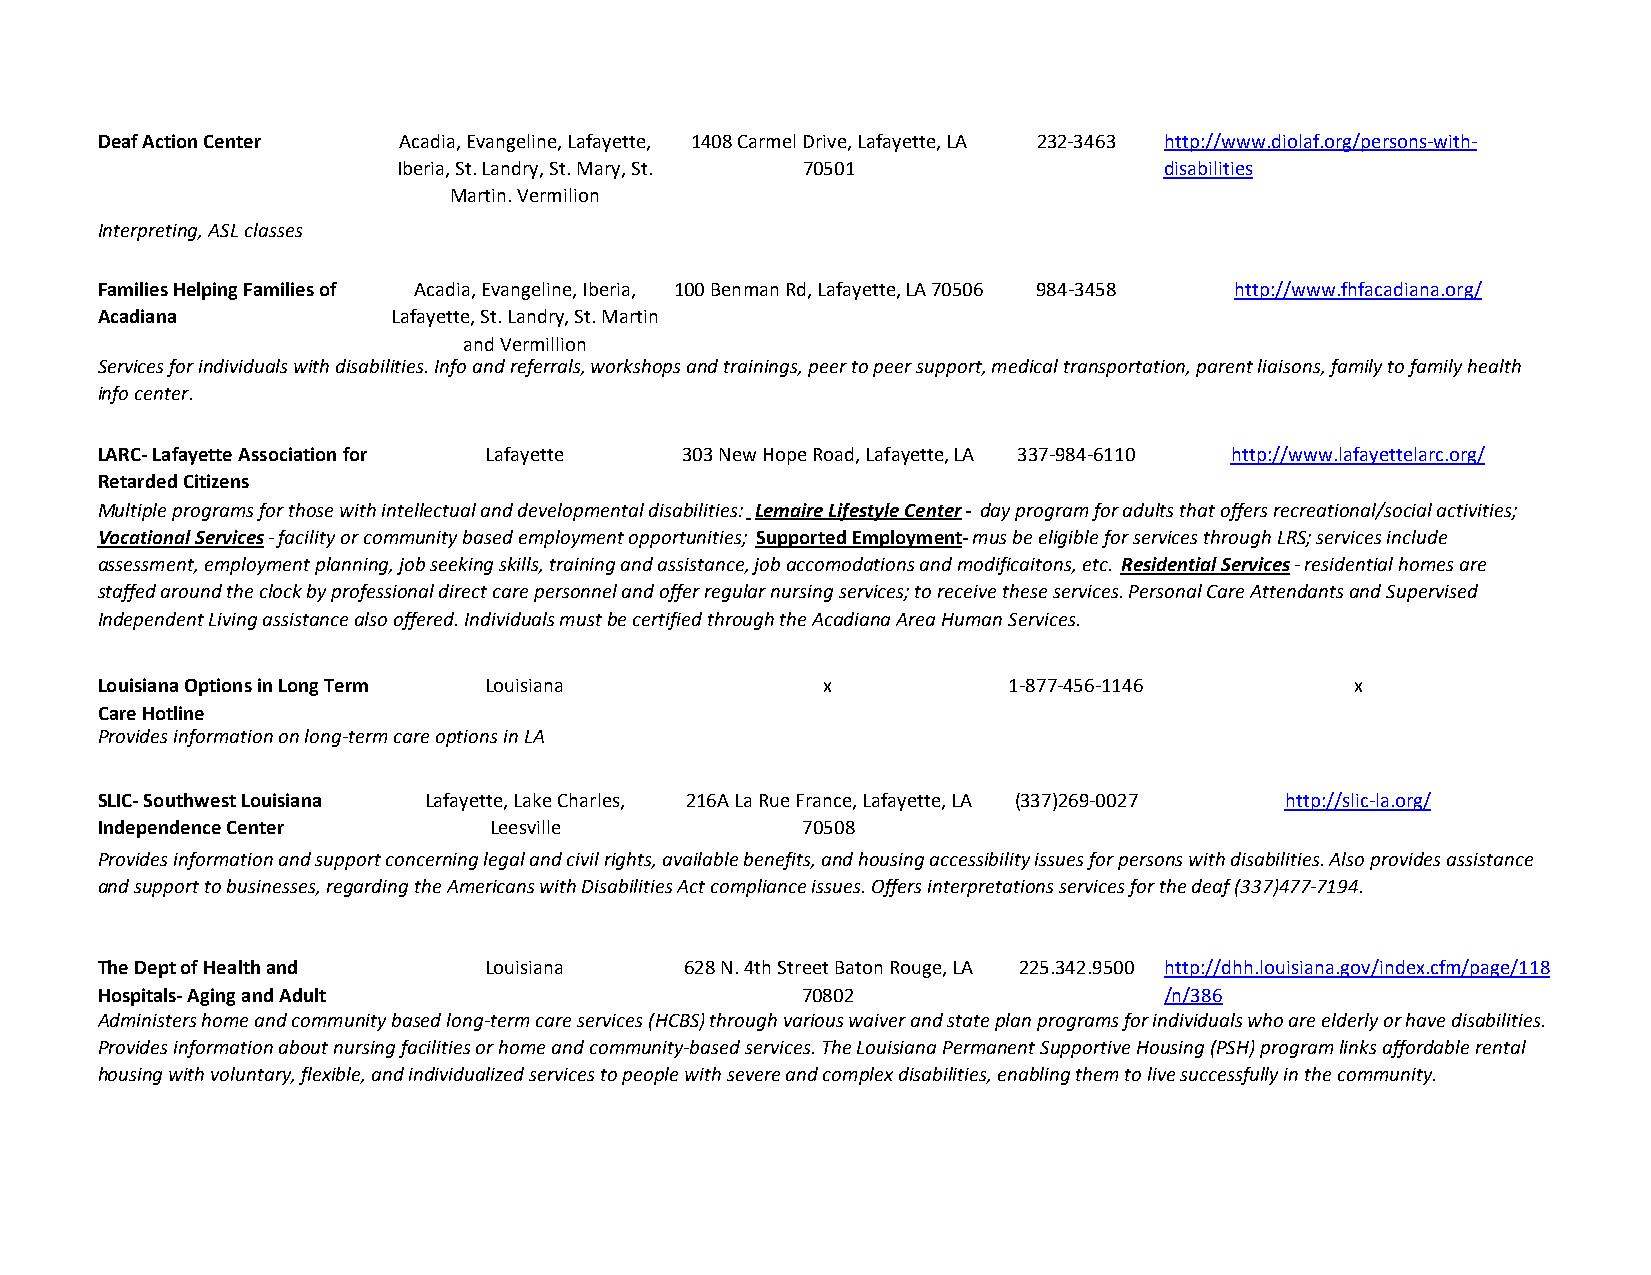
Deaf Action Center  Acadia, Evangeline, Lafayette, 1408 Carmel Drive, Lafayette, LA 232-3463 http://www.diolaf.org/persons-with-
 Iberia, St. Landry, St. Mary, St. 70501            disabilities
 Martin. Vermilion
 Interpreting, ASL classes
 Families Helping Families of Acadia, Evangeline, Iberia, 100 Benman Rd, Lafayette, LA 70506 984-3458 http://www.fhfacadiana.org/
 Acadiana            Lafayette, St. Landry, St. Martin
 and Vermillion
 Services for individuals with disabilities. Info and referrals, workshops and trainings, peer to peer support, medical transportation, parent liaisons, family to family health
 info center.
 LARC- Lafayette Association for Lafayette 303 New Hope Road, Lafayette, LA 337-984-6110 http://www.lafayettelarc.org/
 Retarded Citizens
 Multiple programs for those with intellectual and developmental disabilities: Lemaire Lifestyle Center- day program for adults that offers recreational/social activities;
 Vocational Services- facility or community based employment opportunities; Supported Employment- mus be eligible for services through LRS; services include
 assessment, employment planning, job seeking skills, training and assistance, job accomodations and modificaitons, etc. Residential Services- residential homes are
 staffed around the clock by professional direct care personnel and offer regular nursing services; to receive these services. Personal Care Attendants and Supervised
 Independent Living assistance also offered. Individuals must be certified through the Acadiana Area Human Services.
 Louisiana Options in Long Term Louisiana         x           1-877-456-1146         x
 Care Hotline
 Provides information on long-term care options in LA
 SLIC- Southwest Louisiana Lafayette, Lake Charles, 216A La Rue France, Lafayette, LA (337)269-0027 http://slic-la.org/
 Independence Center       Leesville            70508
 Provides information and support concerning legal and civil rights, available benefits, and housing accessibility issues for persons with disabilities. Also provides assistance
 and support to businesses, regarding the Americans with Disabilities Act compliance issues. Offers interpretations services for the deaf (337)477-7194.
 The Dept of Health and    Louisiana    628 N. 4th Street Baton Rouge, LA 225.342.9500 http://dhh.louisiana.gov/index.cfm/page/118
 Hospitals- Aging and Adult                     70802                   /n/386
 Administers home and community based long-term care services (HCBS) through various waiver and state plan programs for individuals who are elderly or have disabilities.
 Provides information about nursing facilities or home and community-based services. The Louisiana Permanent Supportive Housing (PSH) program links affordable rental
 housing with voluntary, flexible, and individualized services to people with severe and complex disabilities, enabling them to live successfully in the community.